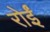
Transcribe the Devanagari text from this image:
रोईं